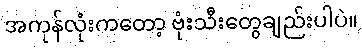
အကုန်လုံးကတော့ ဗုံးသီးတွေချည်းပါပဲ။